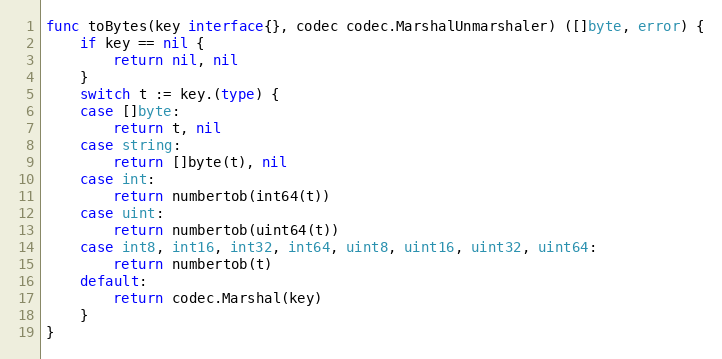
Language: Go
func toBytes(key interface{}, codec codec.MarshalUnmarshaler) ([]byte, error) {
	if key == nil {
		return nil, nil
	}
	switch t := key.(type) {
	case []byte:
		return t, nil
	case string:
		return []byte(t), nil
	case int:
		return numbertob(int64(t))
	case uint:
		return numbertob(uint64(t))
	case int8, int16, int32, int64, uint8, uint16, uint32, uint64:
		return numbertob(t)
	default:
		return codec.Marshal(key)
	}
}